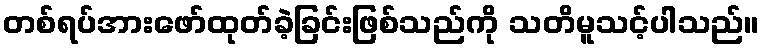
တစ်ရပ်အားဖော်ထုတ်ခဲ့ခြင်းဖြစ်သည်ကို သတိမူသင့်ပါသည်။